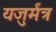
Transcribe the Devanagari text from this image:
यजुर्मंत्र